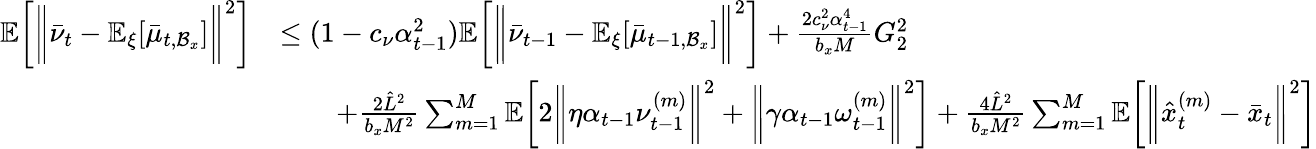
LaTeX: \begin{array}{rl}{\mathbb{E}\bigg[\bigg\| \bar{\nu}_{t}-\mathbb{E}_{\xi}[\bar{\mu}_{t,\mathcal{B}_{x}}]\bigg\| ^{2}\bigg]}&{\leq(1-c_{\nu}\alpha_{t-1}^{2})\mathbb{E}\bigg[\bigg\| \bar{\nu}_{t-1}-\mathbb{E}_{\xi}[\bar{\mu}_{t-1,\mathcal{B}_{x}}]\bigg\| ^{2}\bigg]+\frac{2c_{\nu}^{2}\alpha_{t-1}^{4}}{b_{x}M}G_{2}^{2}}\\ &{\qquad+\frac{2\hat{L}^{2}}{b_{x}M^{2}}\sum_{m=1}^{M}\mathbb{E}\bigg[2\bigg\| \eta\alpha_{t-1}\nu_{t-1}^{(m)}\bigg\| ^{2}+\bigg\| \gamma\alpha_{t-1}\omega_{t-1}^{(m)}\bigg\| ^{2}\bigg]+\frac{4\hat{L}^{2}}{b_{x}M^{2}}\sum_{m=1}^{M}\mathbb{E}\bigg[\bigg\| \hat{x}_{t}^{(m)}-\bar{x}_{t}\bigg\| ^{2}\bigg]}\end{array}